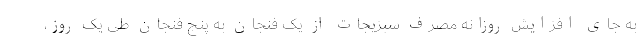
به جای افزایش روزانه مصرف سبزیجات از یک فنجان به پنج فنجان طی یک روز،